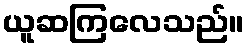
ယူဆကြလေသည်။